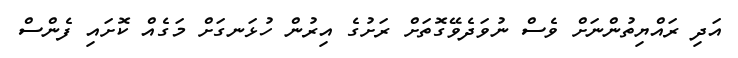
އަދި ރައްޔިތުންނަށް ވެސް ނުވަދެވޭގޮތަށް ރަށުގެ އިރުން ހުޅަނގަށް މަގެއް ކޮށައި ފެންސް